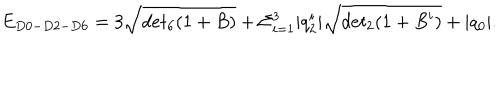
LaTeX: E _ { D 0 - D 2 - D 6 } = 3 \sqrt { d e t _ { 6 } ( 1 + B ) } + \Sigma _ { i = 1 } ^ { 3 } | q _ { 2 } ^ { i } | \sqrt { d e t _ { 2 } ( 1 + B ^ { i } ) } + | q _ { 0 } | .